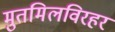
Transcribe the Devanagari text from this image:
मुतमिलविरहर